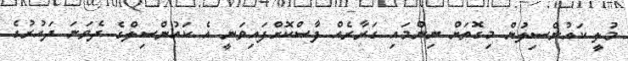
މުލީ ކައުންސިލުން މިގޮތަށް ނިންމައި ގަރާރެއް ފާސްކޮށްފައިވަނީ އެ ކައުންސިލްގެ ދެވަނަ ދައުރުގެ